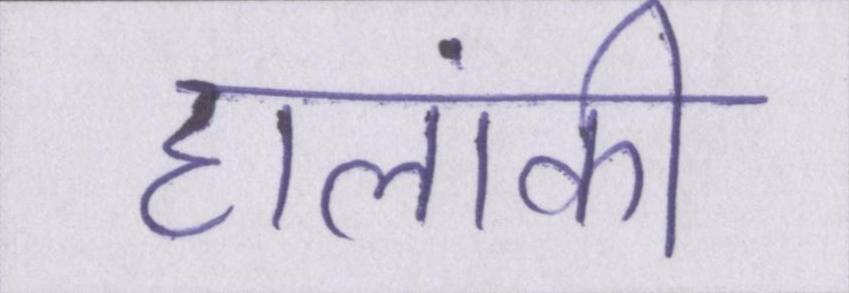
हालांकी